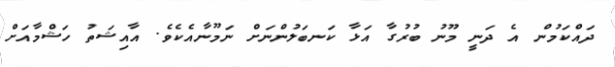
ދައްކަމުން އެ ދަނީ މޫނު ބުރުގާ އަޅާ ކަނބަލުންނަށް ނަމޫނާއެކެވެ. އާއިޝަތު ހަޝްމާއަށް